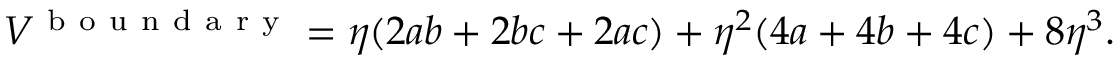
V ^ { \mathrm { ~ b ~ o ~ u ~ n ~ d ~ a ~ r ~ y ~ } } = \eta ( 2 a b + 2 b c + 2 a c ) + \eta ^ { 2 } ( 4 a + 4 b + 4 c ) + 8 \eta ^ { 3 } .